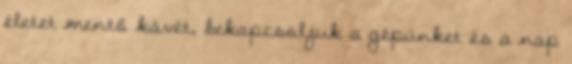
életet mentő kávét, bekapcsoljuk a gépünket és a nap